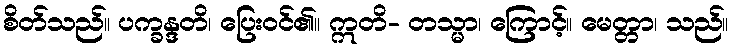
စိတ်သည်။ ပက္ခန္ဒတိ၊ ပြေးဝင်၏။ ဣတိ- တသ္မာ၊ ကြောင့်။ မေတ္တာ၊ သည်။